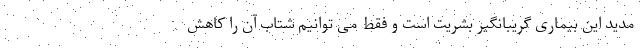
مدید این بیماری گریبانگیر بشریت است و فقط می توانیم شتاب آن را کاهش